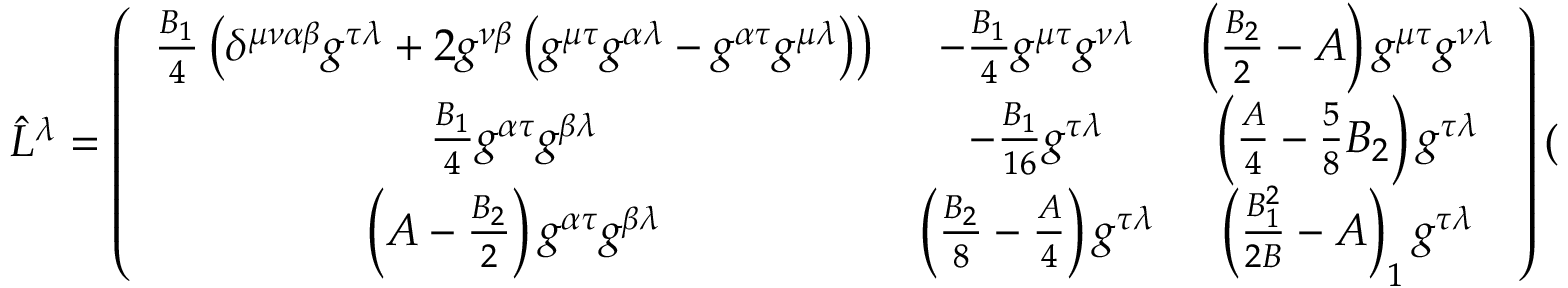
\hat { L } ^ { \lambda } = \left( \begin{array} { c c c } { { \frac { B _ { 1 } } { 4 } \left( \delta ^ { \mu \nu \alpha \beta } g ^ { \tau \lambda } + 2 g ^ { \nu \beta } \left( g ^ { \mu \tau } g ^ { \alpha \lambda } - g ^ { \alpha \tau } g ^ { \mu \lambda } \right) \right) } } & { { - \frac { B _ { 1 } } { 4 } g ^ { \mu \tau } g ^ { \nu \lambda } } } & { { \left( \frac { B _ { 2 } } { 2 } - A \right) g ^ { \mu \tau } g ^ { \nu \lambda } } } \\ { { \frac { B _ { 1 } } { 4 } g ^ { \alpha \tau } g ^ { \beta \lambda } } } & { { - \frac { B _ { 1 } } { 1 6 } g ^ { \tau \lambda } } } & { { \left( \frac { A } { 4 } - \frac { 5 } { 8 } B _ { 2 } \right) g ^ { \tau \lambda } } } \\ { { \left( A - \frac { B _ { 2 } } { 2 } \right) g ^ { \alpha \tau } g ^ { \beta \lambda } } } & { { \left( \frac { B _ { 2 } } { 8 } - \frac { A } { 4 } \right) g ^ { \tau \lambda } } } & { { \left( \frac { B _ { 1 } ^ { 2 } } { 2 B } - A \right) _ { 1 } g ^ { \tau \lambda } } } \end{array} \right) ( \nabla _ { \tau } \phi )